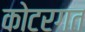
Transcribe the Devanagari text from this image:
कोटरगत